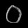
Digit: ၀